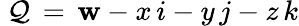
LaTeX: ~\mathcal{Q}\, =\, \mathbf{w}-x\, i-y\, j-z\, k